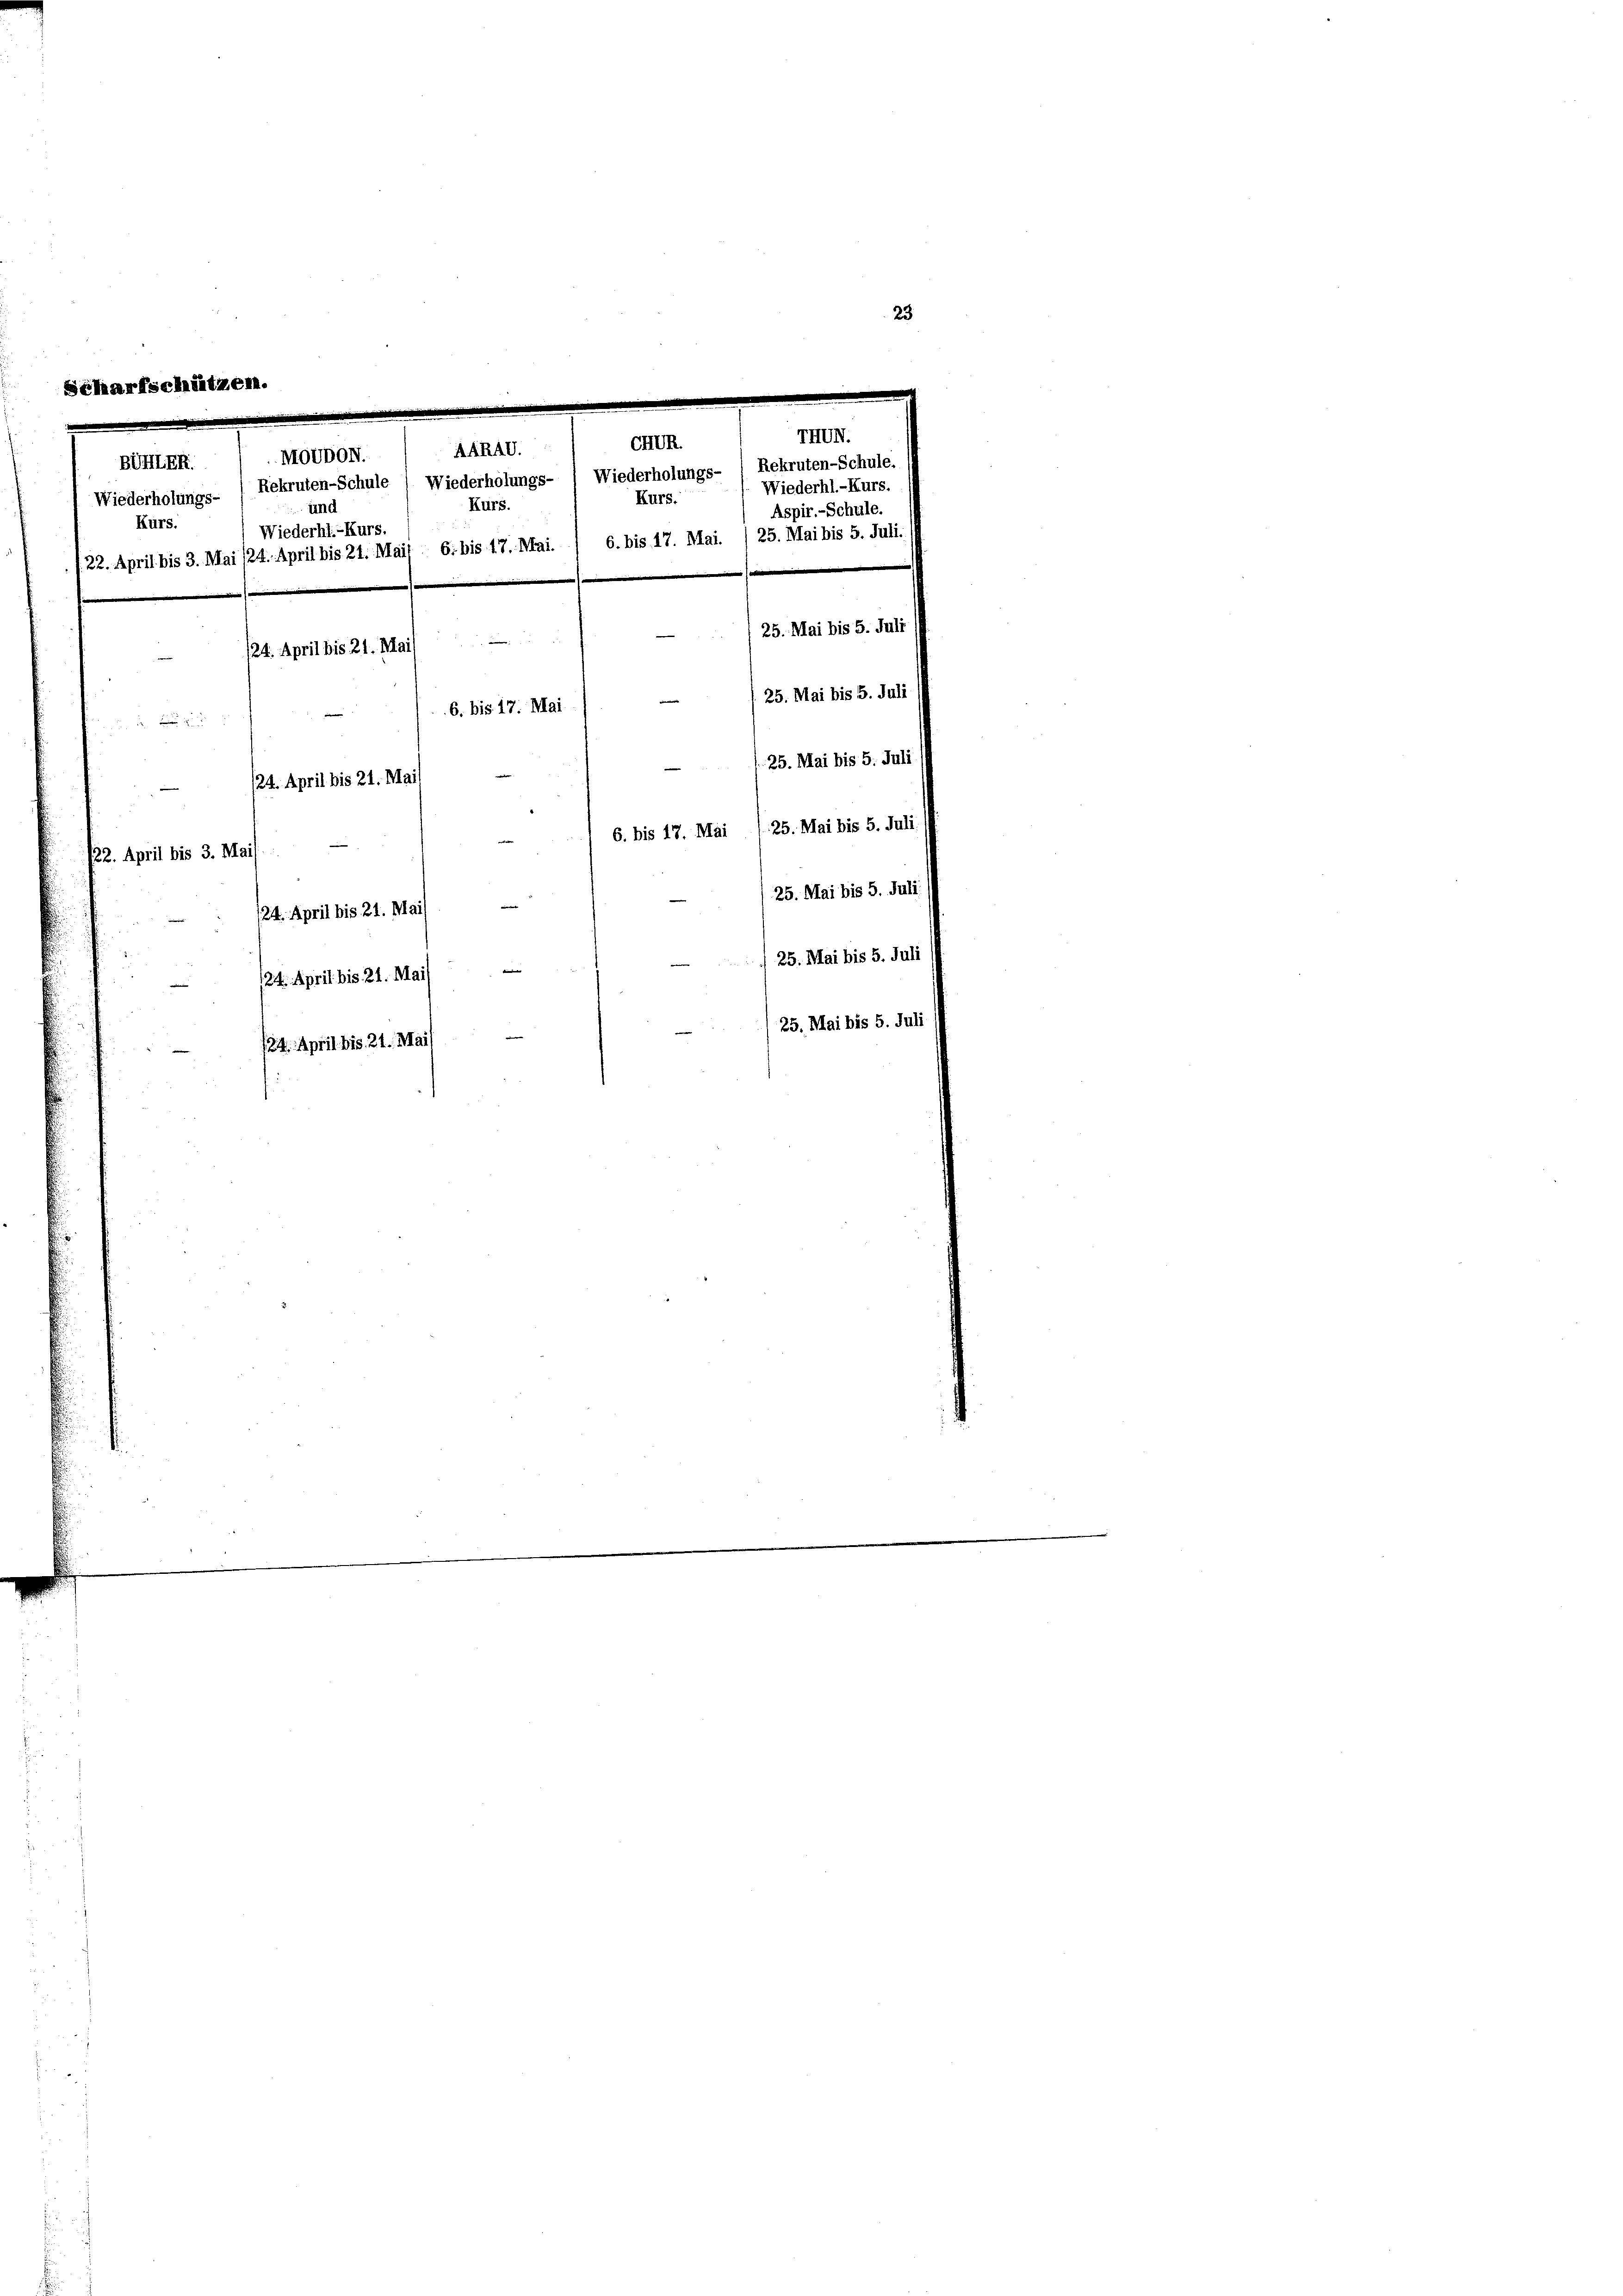
e
n
Chun.
ARAV.
Moudon.
BUHLER
Rekruten-Schule (Wiederholungs- / Wiederholungs- 1 Rekruten-Schule.
Wiederholungs-
Kurs.
Kurs.
und
Aspir.-Schule.
Kurs.
Wiederhl.-Kurs.
/22. April bis 3. Mai /24. April bis 21. Mail 6. bis 17. Mai. / 6. bis 17. Mai. /25. Mai bis 5. Juli.
25. Mai bis 5. Juli
.
124. April bis 21. Mai
6. bis 17. Mai
 2 x
25. Mai bis 5. Juli
24. April bis 21. Mai)
6. bis 17. Mai 7. 25. Mai bis 5. Juli/
/22. April bis 3. Mais
25. Mai bis 5. Juli
24. April bis 21. Mai)
25. Mai bis 5. Juli
124. April bis 21. Mai/
25. Mai bis 5. Juli
124. April bis 21. Mai

Scharfschützen.

THUN.
Wiederhl.-Kurs.

25. Mai bis 5. Juli